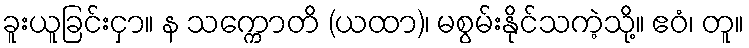
ခူးယူခြင်းငှာ။ န သက္ကောတိ (ယထာ)၊ မစွမ်းနိုင်သကဲ့သို့။ ဧဝံ၊ တူ။